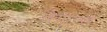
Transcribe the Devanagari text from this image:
वेगान्स